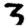
Digit: 3